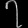
Digit: ၇